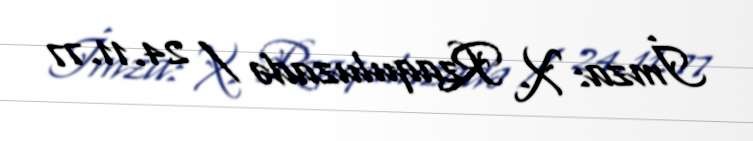
İmza: X. Rzaquluzadə / 24.11.77